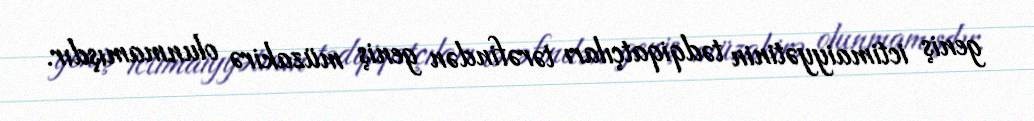
geniş ictimaiyyətinin tədqiqatçıları tərəfindən geniş müzakirə olunmamışdır.